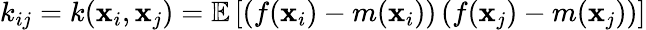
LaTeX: k_{ij}=k(\textbf{x}_{i},\textbf{x}_{j})=\mathbb{E}\left[\left(f(\textbf{x}_{i})-m(\textbf{x}_{i})\right)\left(f(\textbf{x}_{j})-m(\textbf{x}_{j})\right)\right]